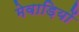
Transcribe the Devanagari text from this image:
मेवाड़ियों